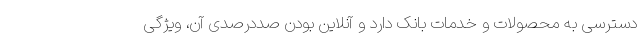
دسترسی به محصولات و خدمات بانک دارد و آنلاین بودن صددرصدی آن، ویژگی